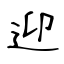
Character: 迎